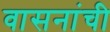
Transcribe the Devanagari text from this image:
वासनांची